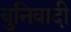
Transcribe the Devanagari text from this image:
बुनिवादी